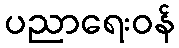
ပညာရေးဝန်